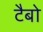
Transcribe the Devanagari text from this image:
टैबो